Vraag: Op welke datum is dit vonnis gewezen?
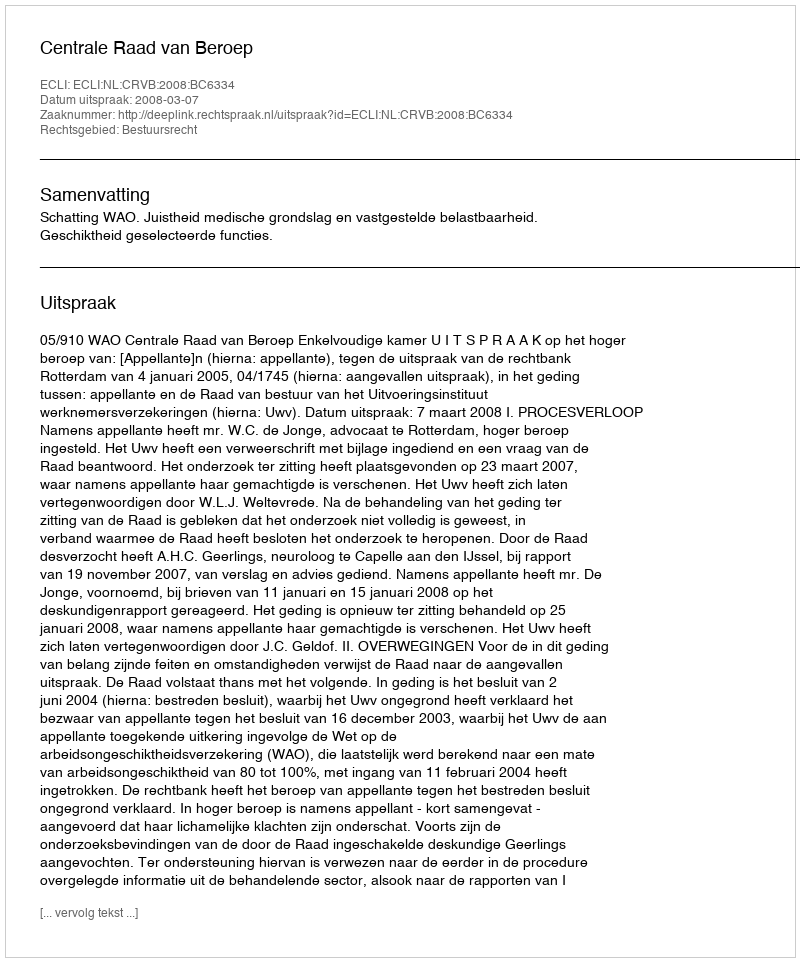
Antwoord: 2008-03-07